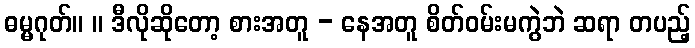
ဓမ္မဂုတ်။ ။ ဒီလိုဆိုတော့ စားအတူ - နေအတူ စိတ်ဝမ်းမကွဲဘဲ ဆရာ တပည့်